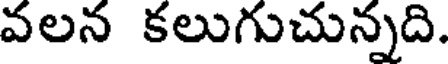
వలన కలుగుచున్నది.